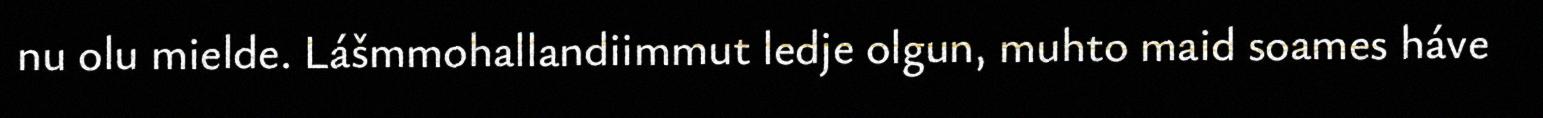
nu olu mielde. Lášmmohallandiimmut ledje olgun, muhto maid soames háve